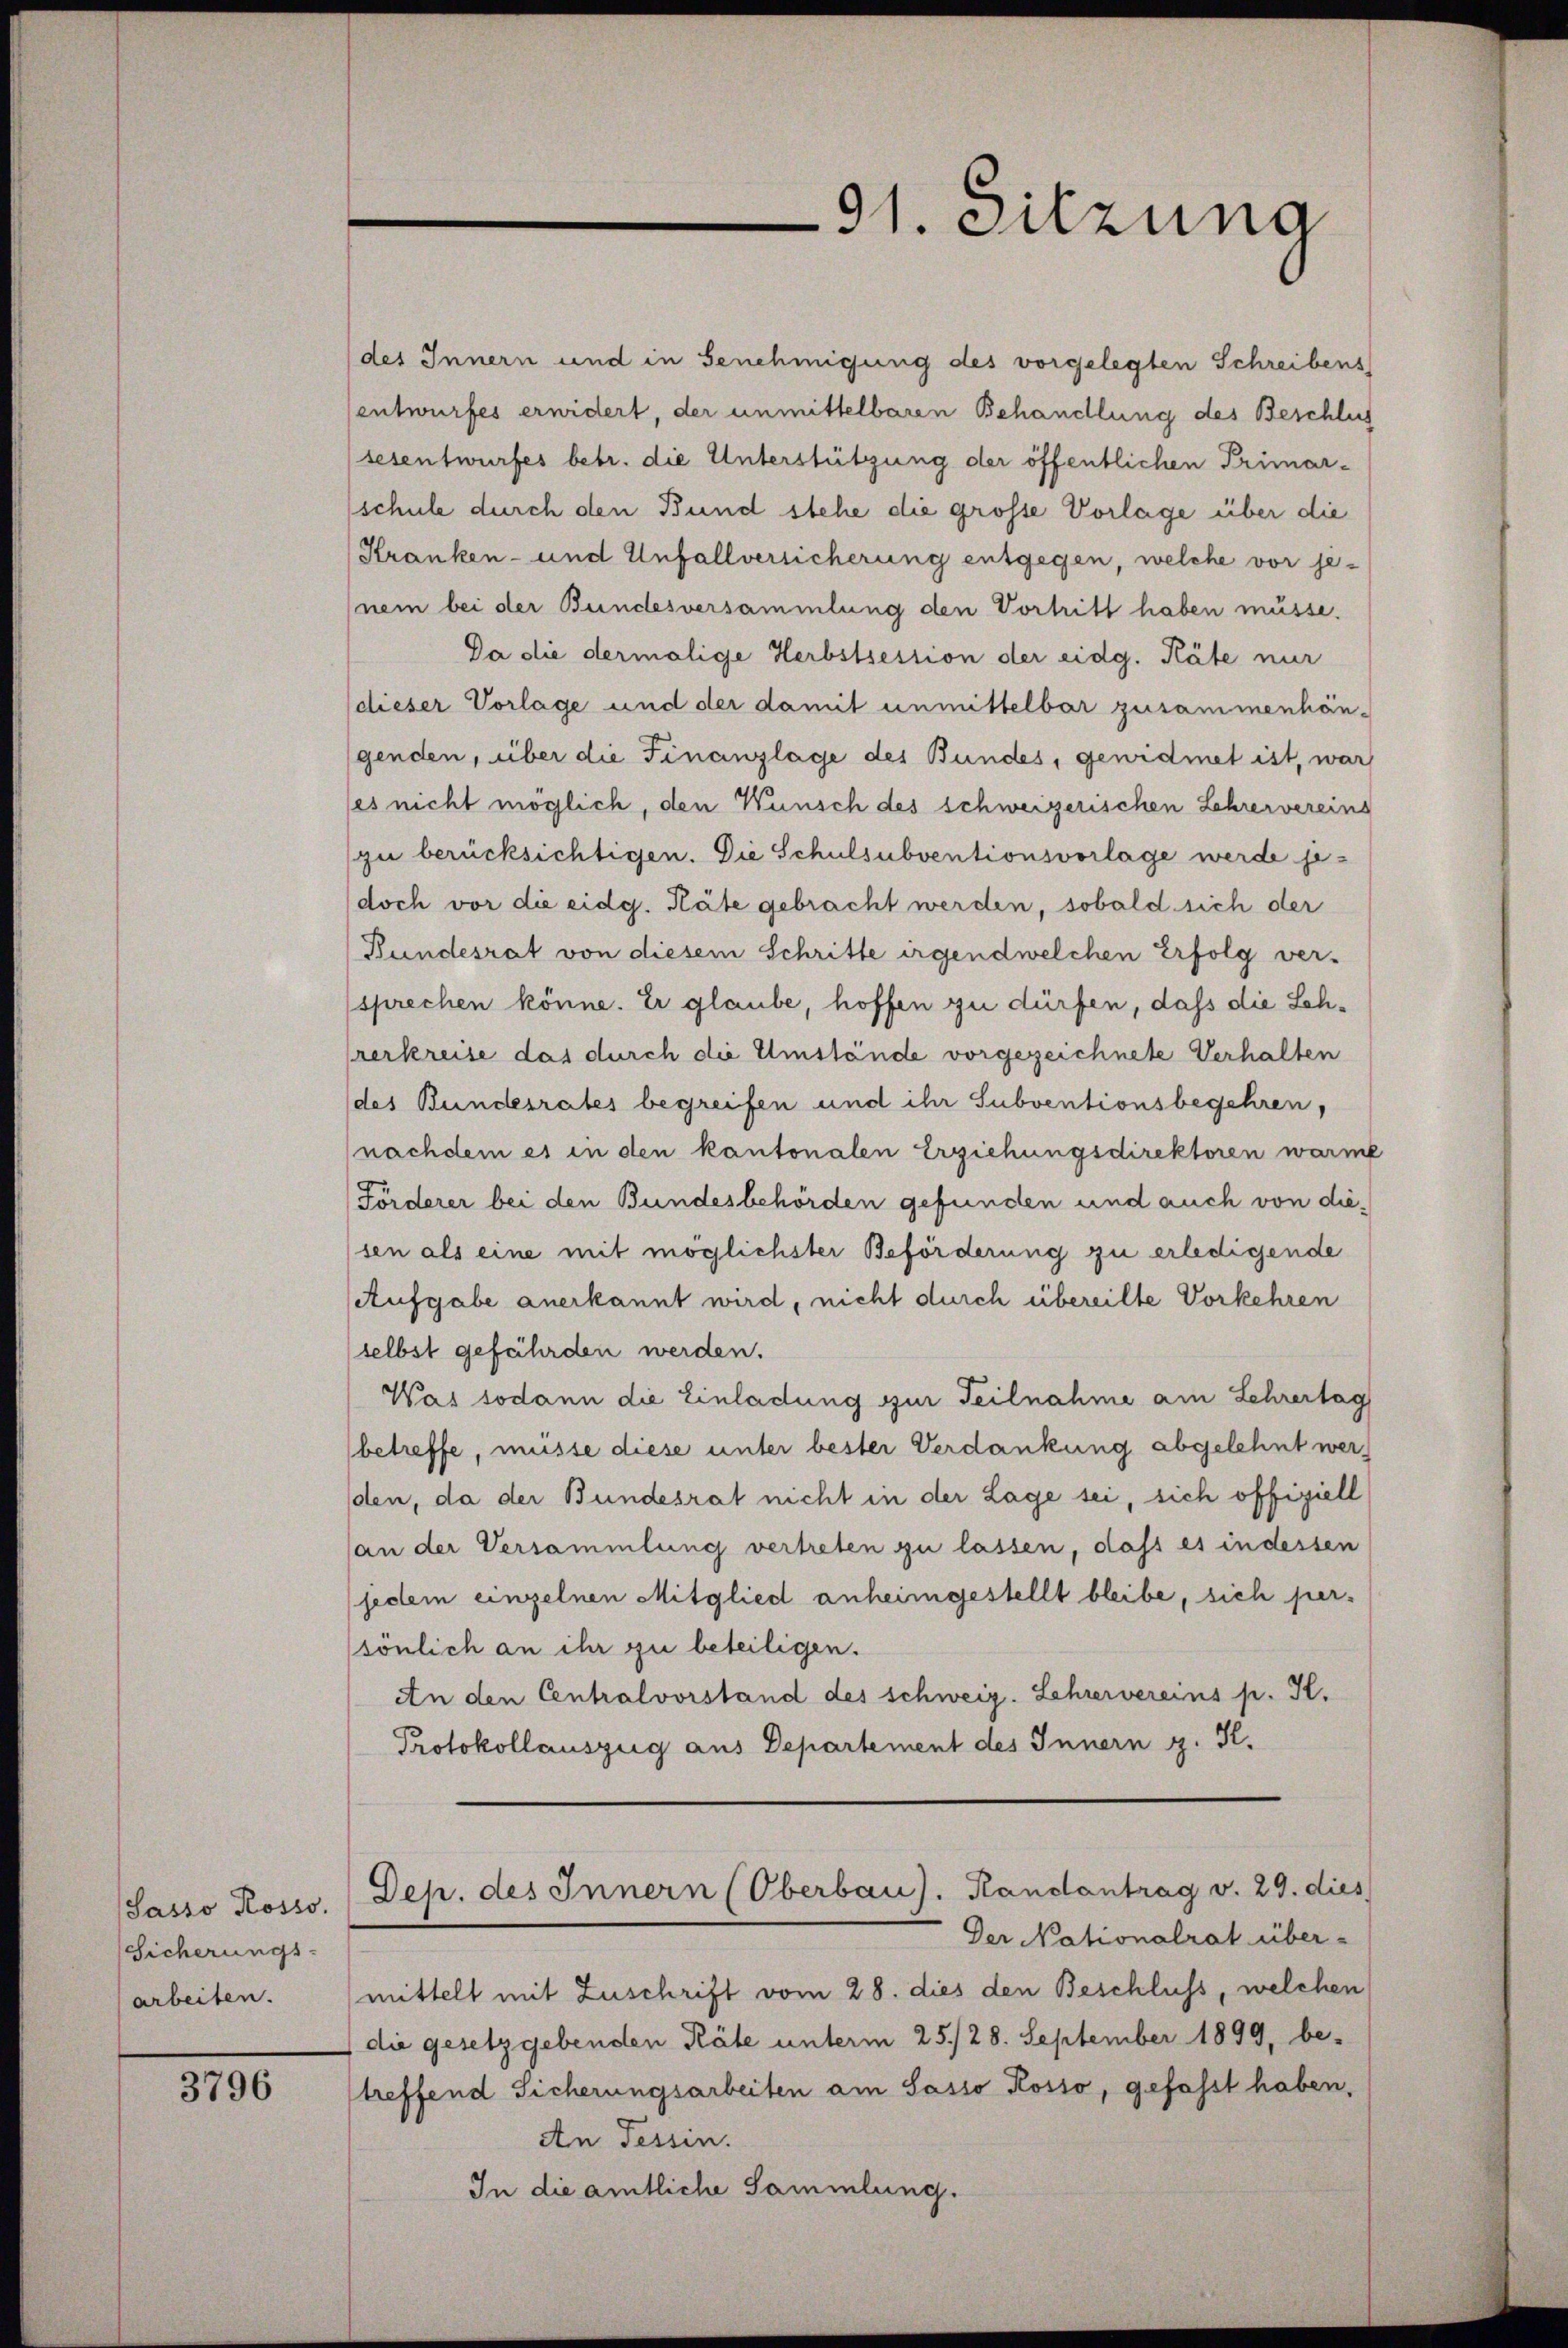
Sasso Rosso.
Sicherungs-
arbeiten.

3796

des Innern und in Genehmigung des vorgelegten Schreibens
entwurfes erwidert, der unmittelbaren Behandlung des Beschlus
sesentwurfes betr. die Unterstützung der öffentlichen Primar-
schule durch den Bund stehe die grosse Vorlage über die
Kranken- und Unfallversicherung entgegen, welche vor je-
nem bei der Bundesversammlung den Vortritt haben müsse.
Da die dermalige Herbstsession der eidg. Käte nur
(dieser Vorlage und der damit unmittelbar zusammenhängenden, über die Finanzlage des Bundes, gewidmet ist, war
(es nicht möglich, den Wünsch des schweizerischen Lehrervereins
zu berücksichtigen. Die Schulsubventionsvorlage werde jedoch vor die eidg. Räte gebracht werden, sobald sich der
Bundesrat von diesem Schritte irgendwelchen Erfolg ver-
sprechen könne. Er glaube, hoffen zu dürfen, dass die Schrerkreise das durch die Umstände vorgezeichnete Verhalten
(des Bundesrates begreifen und ihr Subventionsbegehren,
nachdem es in den kantonalen Erziehungsdirektoren warme
Förderer bei den Bundesbehörden gefunden und auch von diesen als eine mit möglichster Beförderung zu erledigende
Aufgabe anerkannt wird, nicht durch übereilte Vorkehren
selbst gefährden werden.
Was sodann die Einladung zur Teilnahme am Lehrertag
(betreffe, müsse diese unter bester Verdankung abgelehnt werden, da der Bundesrat nicht in der Lage sei, sich offiziell
(an der Versammlung vertreten zu lassen, dass es in dessen
jedem einzelnen Mitglied anheimgestellt bleibe, sich per-
sönlich an ihr zu beteiligen.
An den Centralvorstand des schweiz. Lehrervereins p. K.
Protokollauszug aus Departement des Innern g. S.

mittelt mit Zuschrift vom 28. dies den Beschluss, welchen
die gesetzgebenden Räte unterm 25./28. September 1899, be-
treffend Sicherungsarbeiten am Sasso Kosso, gefasst haben,
An Tessin.
In die amtliche Sammlung.

91. Sitzung

Dep. des Innern (Oberbau). Randantrag v. 29. dies
Der Nationalrat über-